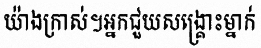
យ៉ាងក្រាស់។អ្នកជួយសង្គ្រោះម្នាក់